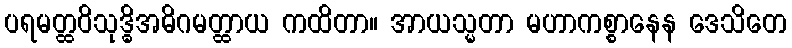
ပရမတ္ထဝိသုဒ္ဓိအဓိဂမတ္ထာယ ကထိတာ။ အာယသ္မတာ မဟာကစ္စာနေန ဒေသိတေ